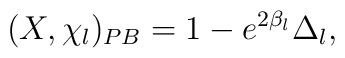
(X, \chi _l)_{PB}=1-e^{2\beta _l}\Delta _l,